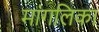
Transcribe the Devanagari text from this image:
मांगलिका